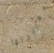
مغادرتها